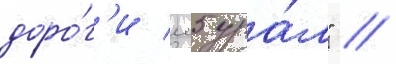
доро́г'и м5 ура́л" /